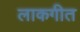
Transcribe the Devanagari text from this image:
लाकगीत